Civil Veterinary Department Bihar reports 1940-50 - 1940-1950
Year: 1940
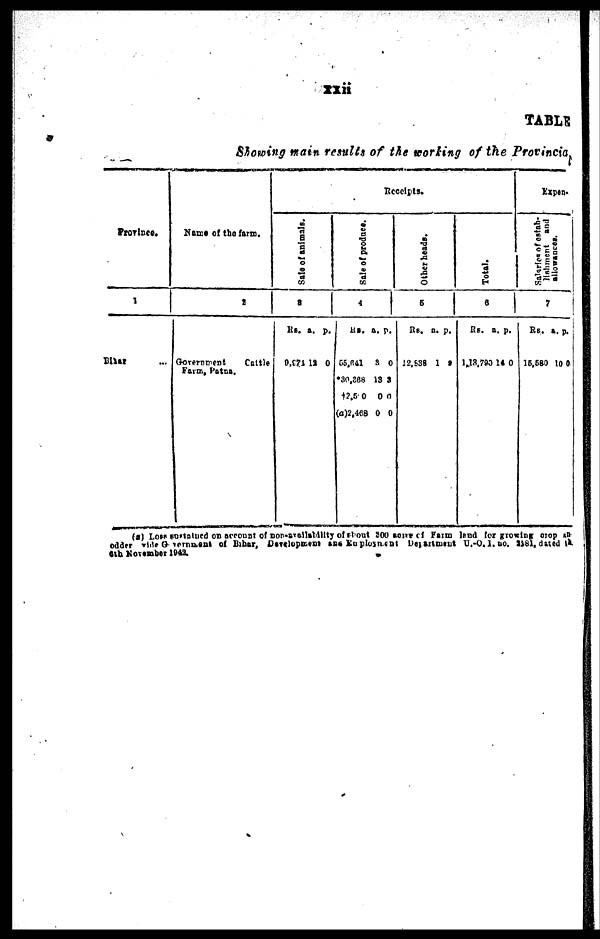
xxii
TABLE
Showing main results of the working of the Provincia
Province.
1
Bihar ...
Name of the farm.
2
Government
Cattle
Farm, Patna.
Receipts.
Sale of animals.
8
Rs.
9,971
a.
12
p.
0
Sale of produce.
4
Rs.
55,641
*30,368
†2,500
(a)2,468
a.
3
13
0
0
p.
0
3
0
0
Other heads.
5
Rs.
12,538
a.
1
p.
2
Total.
6
Rs.
1,13,790
a.
14
p.
0
Expen-
Sal ar i es of est ab-
l
i
s hme nt and
allowances.
7
RS.
15,580
a.
10
p.
0
(a) Loss talued on account of non-availabillty of about 500 acre of Farm lsnd for growing crop an
odder vide Government of Bihar, Development and Enployment department U.-O.I.uo.
6th November 1942.